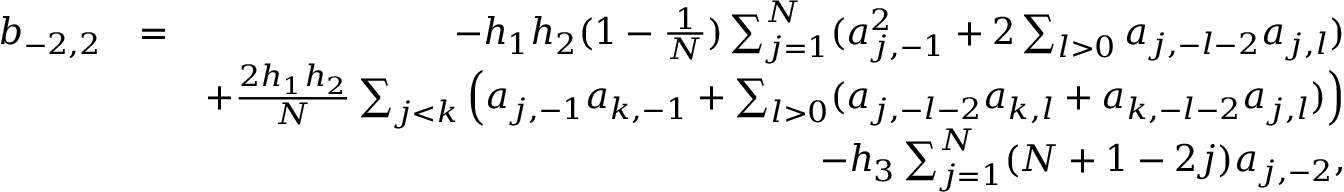
\begin{array} { r l r } { b _ { - 2 , 2 } } & { = } & { - h _ { 1 } h _ { 2 } ( 1 - \frac { 1 } { N } ) \sum _ { j = 1 } ^ { N } ( a _ { j , - 1 } ^ { 2 } + 2 \sum _ { l > 0 } a _ { j , - l - 2 } a _ { j , l } ) } \\ & { } & { + \frac { 2 h _ { 1 } h _ { 2 } } { N } \sum _ { j < k } \left( a _ { j , - 1 } a _ { k , - 1 } + \sum _ { l > 0 } ( a _ { j , - l - 2 } a _ { k , l } + a _ { k , - l - 2 } a _ { j , l } ) \right) } \\ & { } & { - h _ { 3 } \sum _ { j = 1 } ^ { N } ( N + 1 - 2 j ) a _ { j , - 2 } , } \end{array}